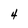
Character: 4